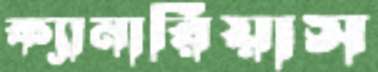
ক্যানারিয়াস